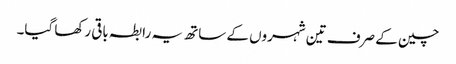
چین کے صرف تین شہروں کے ساتھ یہ رابطہ باقی رکھا گیا۔